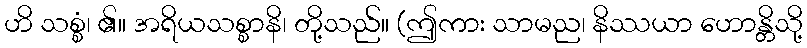
ဟိ သစ္စံ၊ ၏။ အရိယသစ္စာနိ၊ တို့သည်။ (ဤကား သာမည၊ နိဿယာ ဟောန္တိသို့